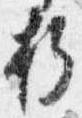
折